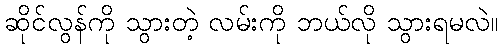
ဆိုင်လွန်ကို သွားတဲ့ လမ်းကို ဘယ်လို သွားရမလဲ။